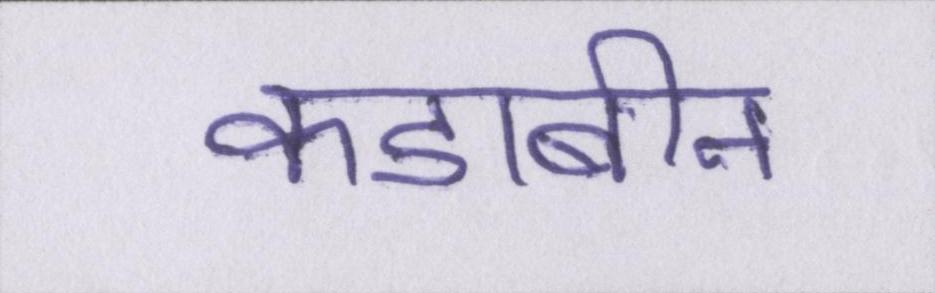
कडाबीन